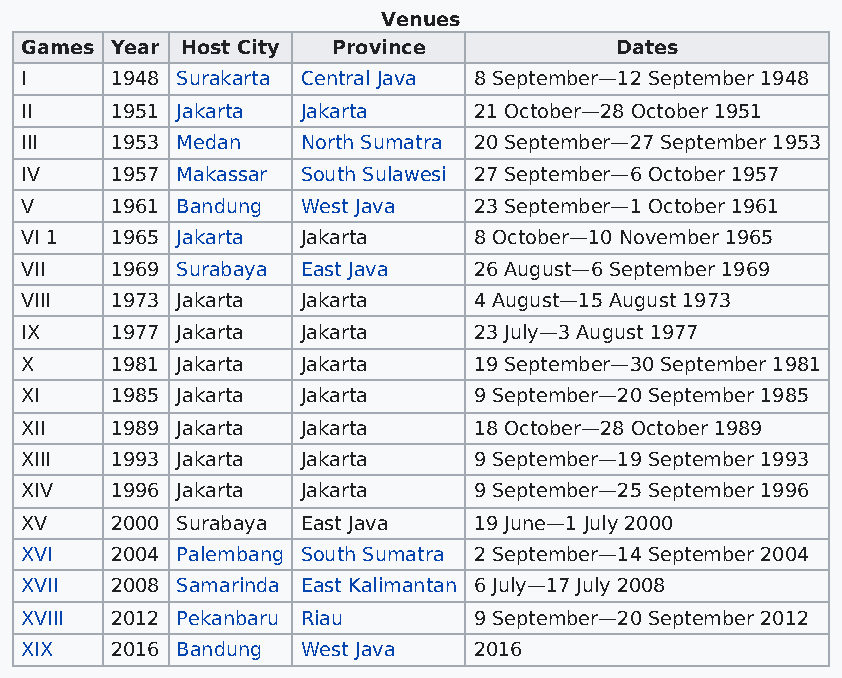
Venues
 Games Year Host City Province           Dates
 I     1948 Surakarta Central Java 8 September—12 September 1948
 II    1951 Jakarta Jakarta    21 October—28 October 1951
 III   1953 Medan   North Sumatra 20 September—27 September 1953
 IV    1957 Makassar South Sulawesi 27 September—6 October 1957
 V     1961 Bandung West Java  23 September—1 October 1961
 VI 1  1965 Jakarta Jakarta    8 October—10 November 1965
 VII   1969 Surabaya East Java 26 August—6 September 1969
 VIII  1973 Jakarta Jakarta    4 August—15 August 1973
 IX    1977 Jakarta Jakarta    23 July—3 August 1977
 X     1981 Jakarta Jakarta    19 September—30 September 1981
 XI    1985 Jakarta Jakarta    9 September—20 September 1985
 XII   1989 Jakarta Jakarta    18 October—28 October 1989
 XIII  1993 Jakarta Jakarta    9 September—19 September 1993
 XIV   1996 Jakarta Jakarta    9 September—25 September 1996
 XV    2000 Surabaya East Java 19 June—1 July 2000
 XVI   2004 Palembang South Sumatra 2 September—14 September 2004
 XVII  2008 Samarinda East Kalimantan 6 July—17 July 2008
 XVIII 2012 Pekanbaru Riau     9 September—20 September 2012
 XIX   2016 Bandung West Java  2016